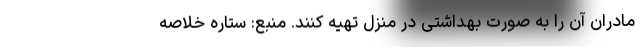
مادران آن را به صورت بهداشتی در منزل تهیه کنند. منبع: ستاره خلاصه